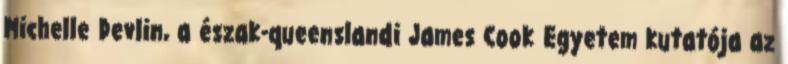
Michelle Devlin, a észak-queenslandi James Cook Egyetem kutatója az